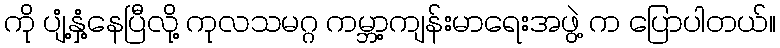
ကို ပျံ့နှံ့နေပြီလို့ ကုလသမဂ္ဂ ကမ္ဘာ့ကျန်းမာရေးအဖွဲ့ က ပြောပါတယ်။